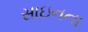
સાઇનના